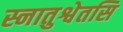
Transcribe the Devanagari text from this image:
स्नातुश्वेतसि